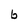
Character: b